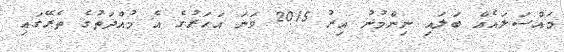
މައްސަލައެއް ބަލައި ނިންމުނު އިރު 2015 ވަނަ އަހަރުގެ އެ މުއްދަތުގެ ތެރޭގައި